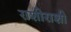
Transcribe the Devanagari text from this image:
राशीराशी